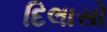
દિલાસો